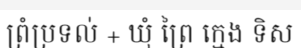
ព្រំប្រទល់ + ឃុំ ព្រៃ ក្មេង ទិស